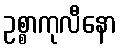
ဥစ္စာကုလီနော